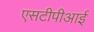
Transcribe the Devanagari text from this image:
एसटीपीआई